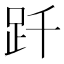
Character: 𧿐